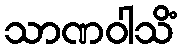
သာဏဝါသိံ